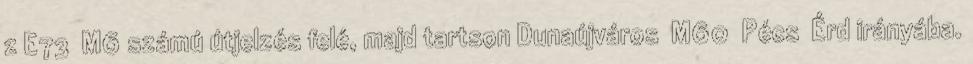
z E73 M6 számú útjelzés felé, majd tartson Dunaújváros M60 Pécs Érd irányába.